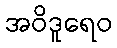
အဝိဒူရေဝ